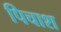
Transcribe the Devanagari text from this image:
पिचाश